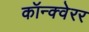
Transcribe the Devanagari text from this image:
कॉन्क्वेरर